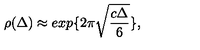
\rho ( \Delta ) \approx e x p \{ 2 \pi \sqrt { \frac { c \Delta } { 6 } } \} ,